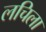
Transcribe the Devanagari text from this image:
लचिला